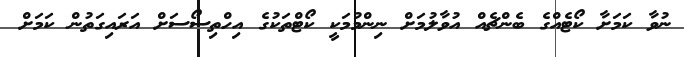
ނުވާ ކަމަށާ ކޯޓެއްގެ ބެންޗެއް އުވާލުމަށް ނިންމުމަކީ ކޯޓްތަކުގެ އިހްތިސޯސަށް އަރައިގަތުން ކަމަށް